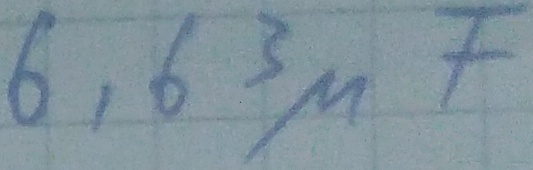
Text: 6,63µF